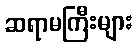
ဆရာမကြီးများ